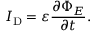
I _ { \mathrm { D } } = \varepsilon { \frac { \partial \Phi _ { E } } { \partial t } } .